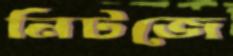
নিটজে